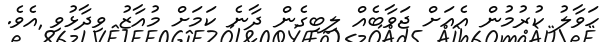
ހަވާލު ކުރުމުން އެއަށް ޖަވާބެއް ލިބިގެން ދާނެ ކަމަށް މުއާޒު ވިދާޅުވި އެވެ.